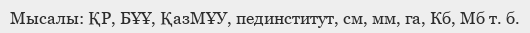
Мысалы: ҚР, БҰҰ, ҚазМҰУ, пединститут, см, мм, га, Кб, Мб т. б.